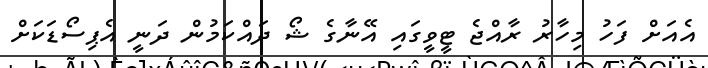
އެއަށް ފަހު މިހާރު ރާއްޖެ ޓީވީގައި އޭނާގެ ޝޯ ދައްކަމުން ދަނީ އެޕިސޯޑަކަށް